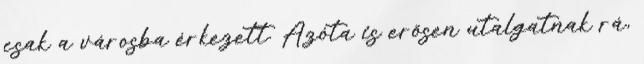
csak a városba érkezett. Azóta is erősen utalgatnak rá,